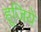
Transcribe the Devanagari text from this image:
हूजिये